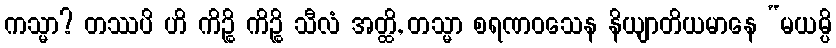
ကသ္မာ? တဿပိ ဟိ ကိဉ္စိ ကိဉ္စိ သီလံ အတ္ထိ, တသ္မာ စရဏဝသေန နိယျာတိယမာနေ “မယမ္ပိ